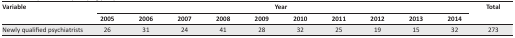
| <ROWSPAN=3> Variable | <COLSPAN=10> Year | <ROWSPAN=3> Total |
 | 2005 | 2006 | 2007 | 2008 | 2009 | 2010 | 2011 | 2012 | 2013 | 2014 |
 | --- | --- | --- | --- | --- | --- | --- | --- | --- | --- | --- | --- |
 | Newly qualified psychiatrists | 26 | 31 | 24 | 41 | 28 | 32 | 25 | 19 | 15 | 32 | 273 |